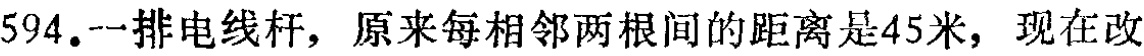
594.一排电线杆，原来每相邻两根间的距离是45米，现在改